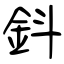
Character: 鈄